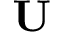
\mathbf { U }